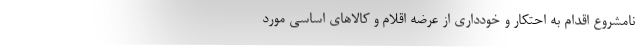
نامشروع اقدام به احتکار و خودداری از عرضه اقلام و کالاهای اساسی مورد